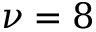
\nu = 8